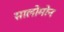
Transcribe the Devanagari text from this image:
सालोमोन